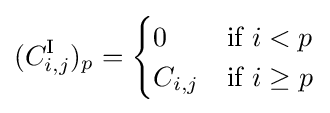
(C_{i,j}^{\textrm {I}})_{p}={\begin{cases}0&{\text{if }}i<p\\C_{i,j}&{\text{if }}i\geq p\end{cases}}